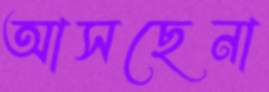
আসছেনা